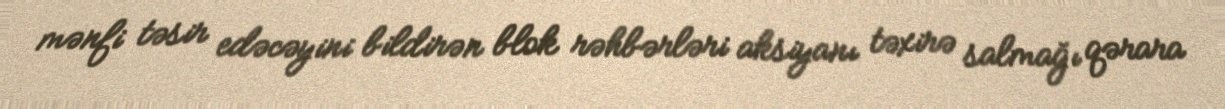
mənfi təsir edəcəyini bildirən blok rəhbərləri aksiyanı təxirə salmağı qərara